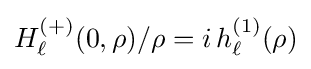
H_{\ell }^{(+)}(0,\rho )/\rho =i\,h_{\ell }^{(1)}(\rho )